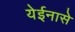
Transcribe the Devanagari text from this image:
येईनासे